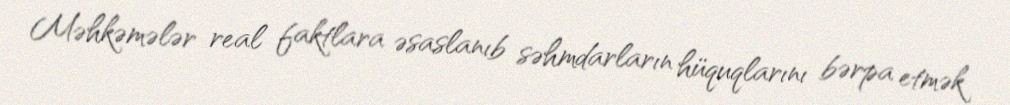
Məhkəmələr real faktlara əsaslanıb səhmdarların hüquqlarını bərpa etmək